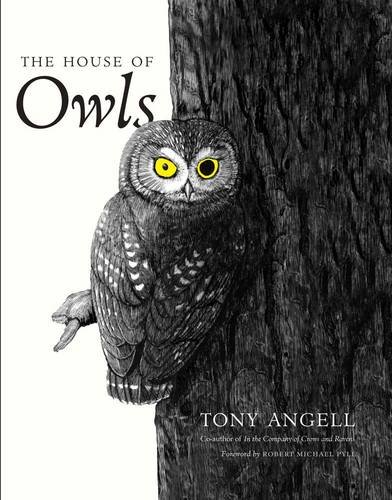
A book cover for The House of Owls; Tony Angell; Science & Math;